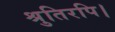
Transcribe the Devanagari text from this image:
श्रुतिरपि।